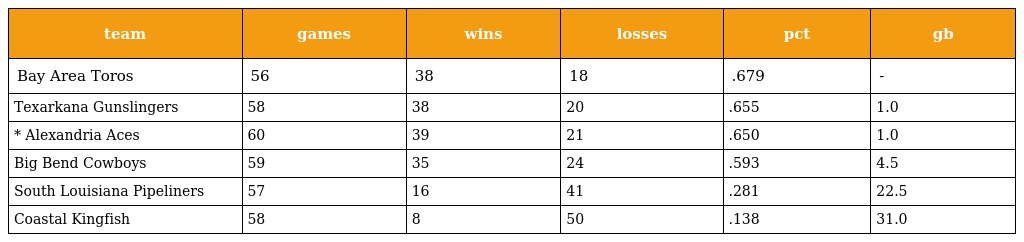
| team | games | wins | losses | pct | gb |
 | --- | --- | --- | --- | --- | --- |
 | Bay Area Toros | 56 | 38 | 18 | .679 | - |
 | Texarkana Gunslingers | 58 | 38 | 20 | .655 | 1.0 |
 | * Alexandria Aces | 60 | 39 | 21 | .650 | 1.0 |
 | Big Bend Cowboys | 59 | 35 | 24 | .593 | 4.5 |
 | South Louisiana Pipeliners | 57 | 16 | 41 | .281 | 22.5 |
 | Coastal Kingfish | 58 | 8 | 50 | .138 | 31.0 |